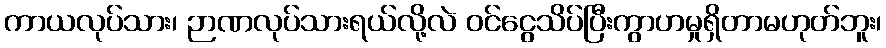
ကာယလုပ်သား၊ ဉာဏလုပ်သားရယ်လို့လဲ ဝင်ငွေသိပ်ပြီးကွာဟမှုရှိတာမဟုတ်ဘူး၊